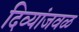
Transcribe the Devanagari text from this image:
दिव्यांजवळ